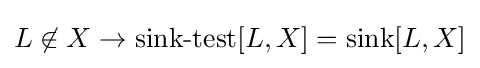
L\not \in X\to \operatorname {sink-test} [L,X]=\operatorname {sink} [L,X]